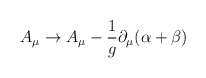
\begin{align*}A_{\mu} \to A_{\mu} - \frac{1}{g} \partial_{\mu}(\alpha + \beta)\end{align*}